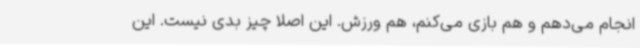
انجام می‌دهم و هم بازی می‌کنم، هم ورزش. این اصلا چیز بدی نیست. این